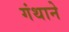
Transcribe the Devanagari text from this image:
गंथाने